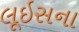
લૂઇસના